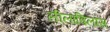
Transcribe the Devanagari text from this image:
लीलाविलास